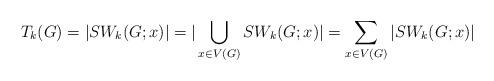
LaTeX: \begin{align*}T_k (G)=|SW_k (G;x)|=|\bigcup_{x\in V(G)}SW_k (G;x)|=\sum_{x\in V(G)}|SW_k (G;x)|\end{align*}